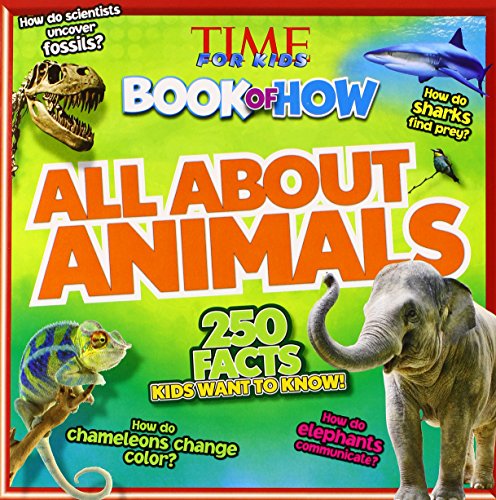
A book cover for Time For Kids Book of How: All About Animals; Editors of TIME For Kids Magazine; Children's Books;